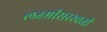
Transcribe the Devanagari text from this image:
लक्ष्मीसरस्वती